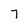
Character: 7